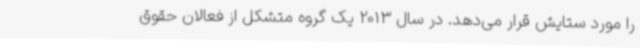
را مورد ستایش قرار می‌دهد. در سال 2013 یک گروه متشکل از فعالان حقوق